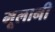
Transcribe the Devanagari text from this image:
मूलानी